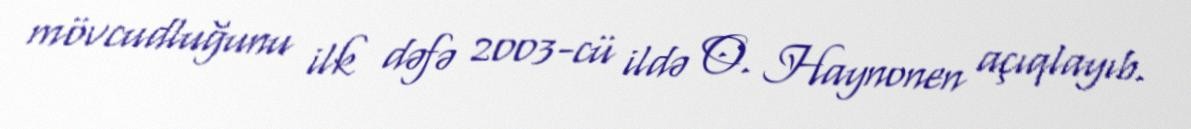
mövcudluğunu ilk dəfə 2003-cü ildə O. Haynonen açıqlayıb.